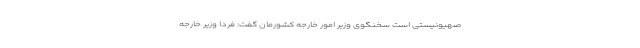
صهیونیستی است سخنگوی وزیر امور خارجه کشورمان گفت: فردا وزیر خارجه